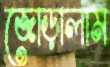
জোড়ালাম